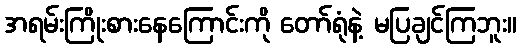
အရမ်းကြိုးစားနေကြောင်းကို တော်ရုံနဲ့ မပြချင်ကြဘူး။